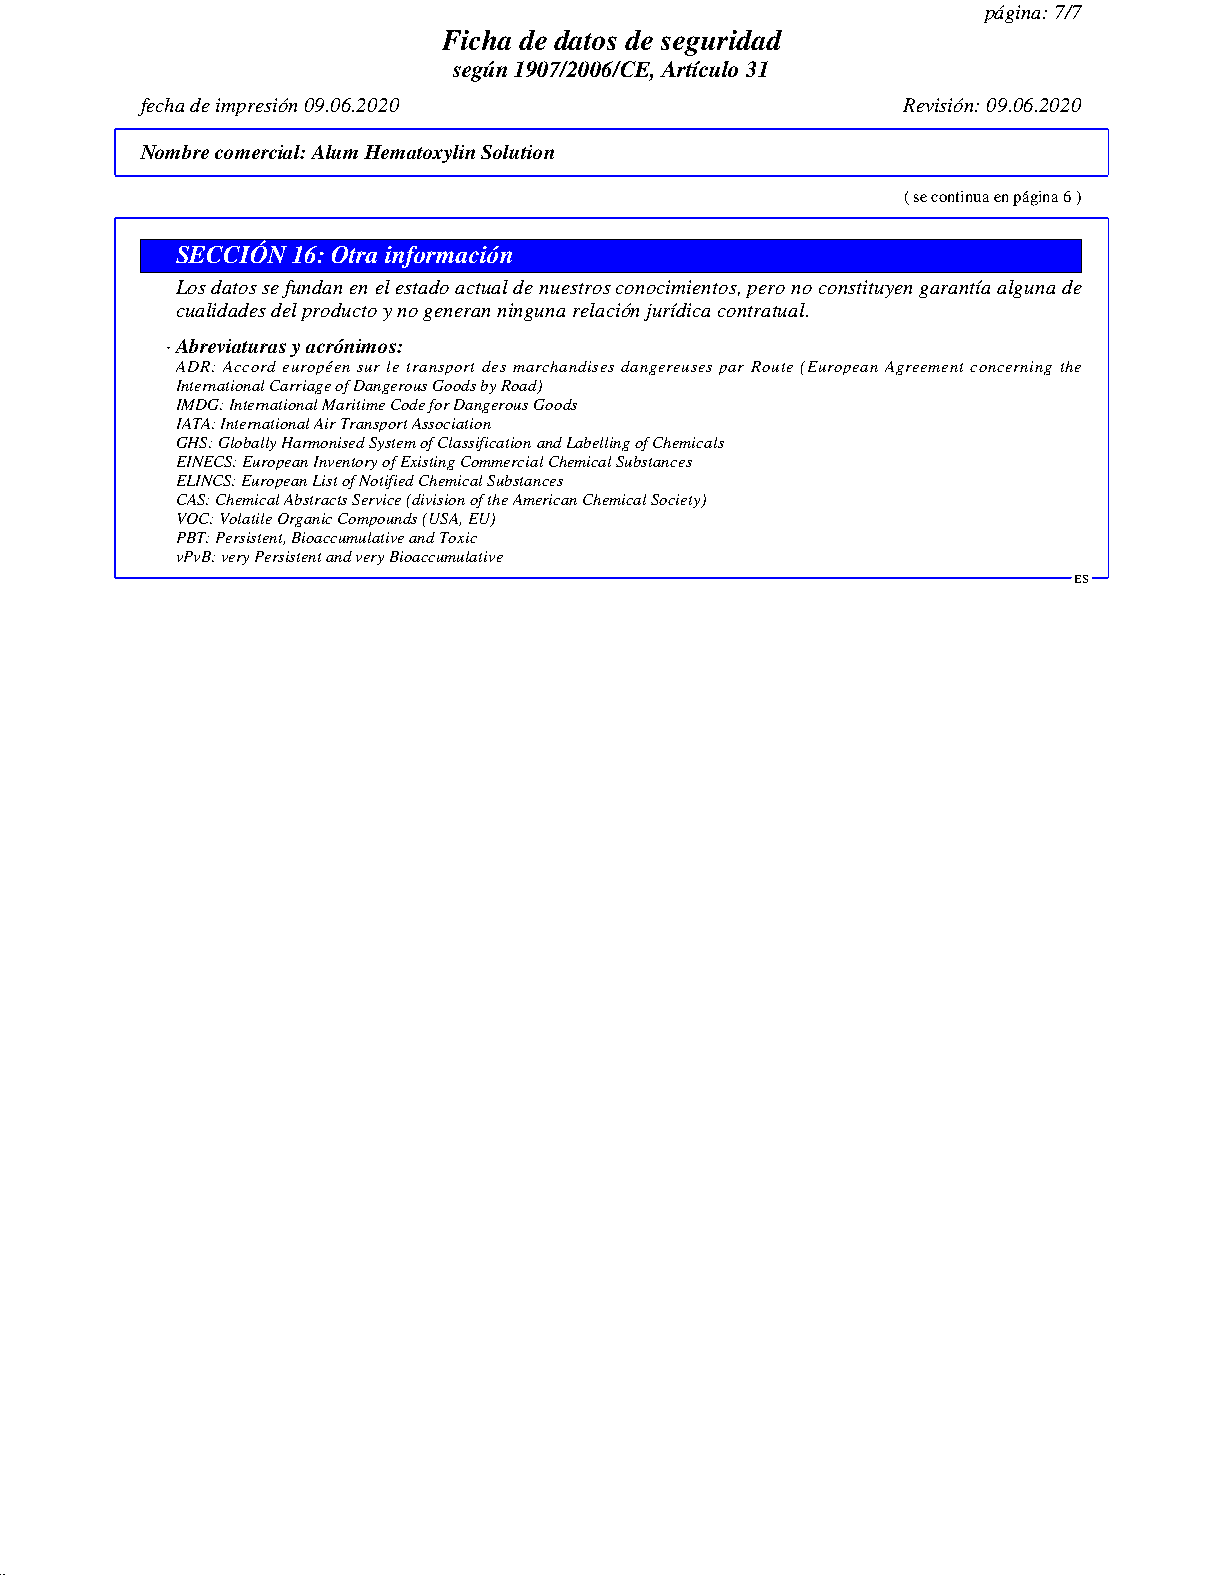
página: 7/7
 Ficha de datos de seguridad
 según 1907/2006/CE, Artículo 31
 fecha de impresión 09.06.2020                      Revisión: 09.06.2020
 Nombre comercial:Alum Hematoxylin Solution
 ( se continua en página 6 )
 SECCIÓN 16: Otra información
 Los datos se fundan en el estado actual de nuestros conocimientos, pero no constituyen garantía alguna de
 cualidades del producto y no generan ninguna relación jurídica contratual.
 · Abreviaturas y acrónimos:
 ADR: Accord européen sur le transport des marchandises dangereuses par Route (European Agreement concerning the
 International Carriage of Dangerous Goods by Road)
 IMDG: International Maritime Code for Dangerous Goods
 IATA: International Air Transport Association
 GHS: Globally Harmonised System of Classification and Labelling of Chemicals
 EINECS: European Inventory of Existing Commercial Chemical Substances
 ELINCS: European List of Notified Chemical Substances
 CAS: Chemical Abstracts Service (division of the American Chemical Society)
 VOC: Volatile Organic Compounds (USA, EU)
 PBT: Persistent, Bioaccumulative and Toxic
 vPvB: very Persistent and very Bioaccumulative
 ES
 51.0.2